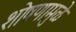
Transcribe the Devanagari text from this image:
शोषणामुळे